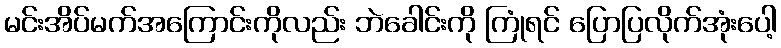
မင်းအိပ်မက်အကြောင်းကိုလည်း ဘဲခေါင်းကို ကြုံရင် ပြောပြလိုက်အုံးပေါ့